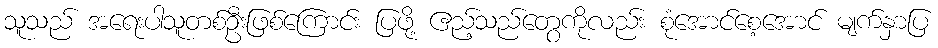
သူသည် အရေးပါသူတစ်ဦးဖြစ်ကြောင်း ပြဖို့ ဧည့်သည်တွေကိုလည်း စုံအောင်စေ့အောင် မျက်နှာပြ